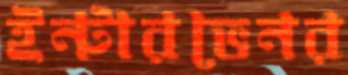
ইন্টারভেনর